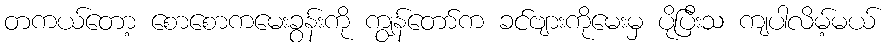
တကယ်တော့ စောစောကမေးခွန်းကို ကျွန်တော်က ခင်ဗျားကိုမေးမှ ပိုပြီးသ ကျပါလိမ့်မယ်